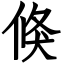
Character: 倏